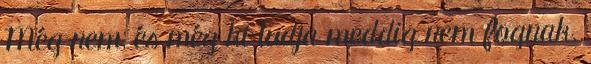
Még nem, és még ki tudja meddig nem fognak.